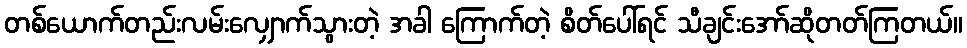
တစ်ယောက်တည်းလမ်းလျှောက်သွားတဲ့ အခါ ကြောက်တဲ့ စိတ်ပေါ်ရင် သီချင်းအော်ဆိုတတ်ကြတယ်။